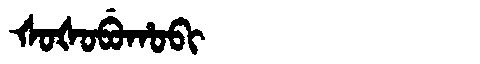
Manchu: ᡧᠣᡧᠣᠪᡠᡥᠣᠪᡳ
Romanization: ŠOŠOBUHOBI